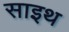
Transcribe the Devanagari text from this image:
साइथ